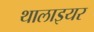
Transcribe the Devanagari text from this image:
थालाइयर